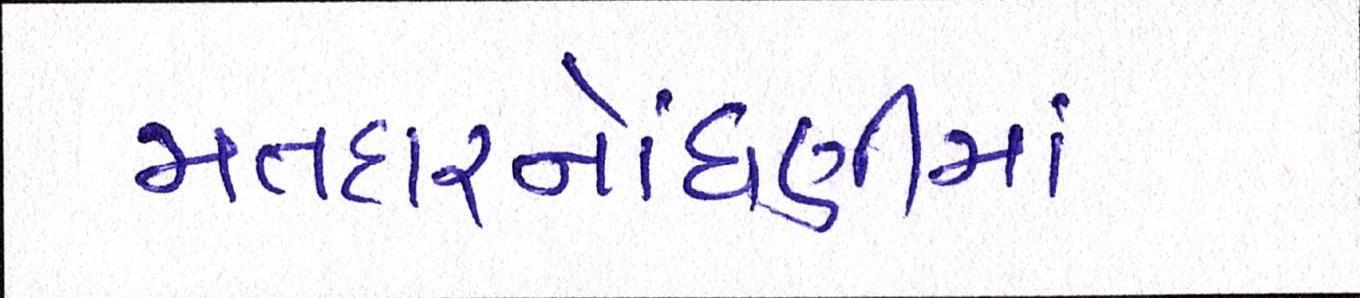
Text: મતદારનોંધણીમાં